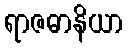
ရာဇဓာနိယာ